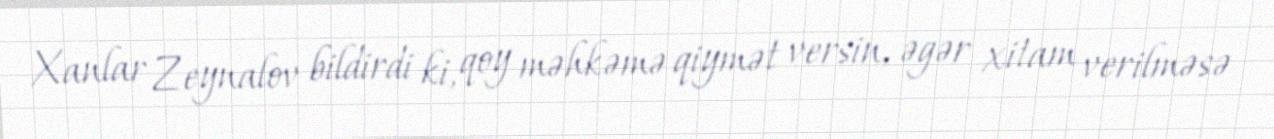
Xanlar Zeynalov bildirdi ki, qoy məhkəmə qiymət versin, əgər xitam verilməsə